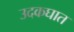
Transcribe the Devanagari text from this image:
उदकघात